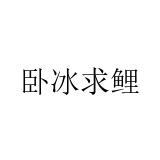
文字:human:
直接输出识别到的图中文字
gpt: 卧冰求鲤